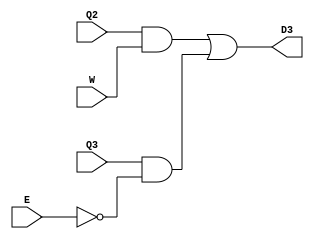
module Location3(input E, W, Q2, Q3, output D3);

    assign D3 = (Q2 & W) | (Q3 & ~E);

endmodule